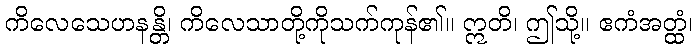
ကိလေသေဟနန္တိ၊ ကိလေသာတို့ကိုသက်ကုန်၏။ ဣတိ၊ ဤသို့။ ဧကံအတ္ထံ၊